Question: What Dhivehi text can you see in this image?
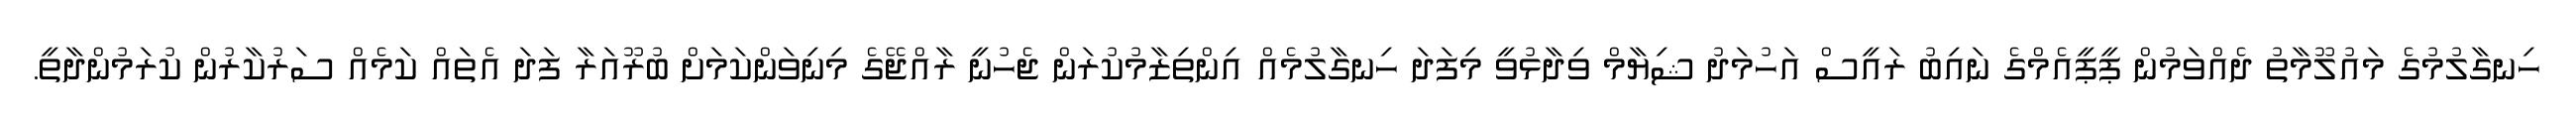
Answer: ހިނގާލުމުގެ މައުލޫމާތު ދެއްވަމުން ޕީޕީއެމްގެ ނައިބު ރައީސް އަހުމަދު ޝިޔާމް ވިދާޅުވީ މިފަދަ ހިނގާލުމެއް އިންތިޒާމުކުރަން ޖެހުނީ ރާއްޖޭގެ މިނިވަންކަމަށް ބުރޫއަރާ ފަދަ އެތައް ކަމެއް ސަރުކާރުން ކުރަމުންދާތީ.